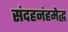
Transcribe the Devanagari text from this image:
संदहनंहमेद्ध